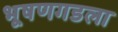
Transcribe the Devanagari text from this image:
भूषणगडला